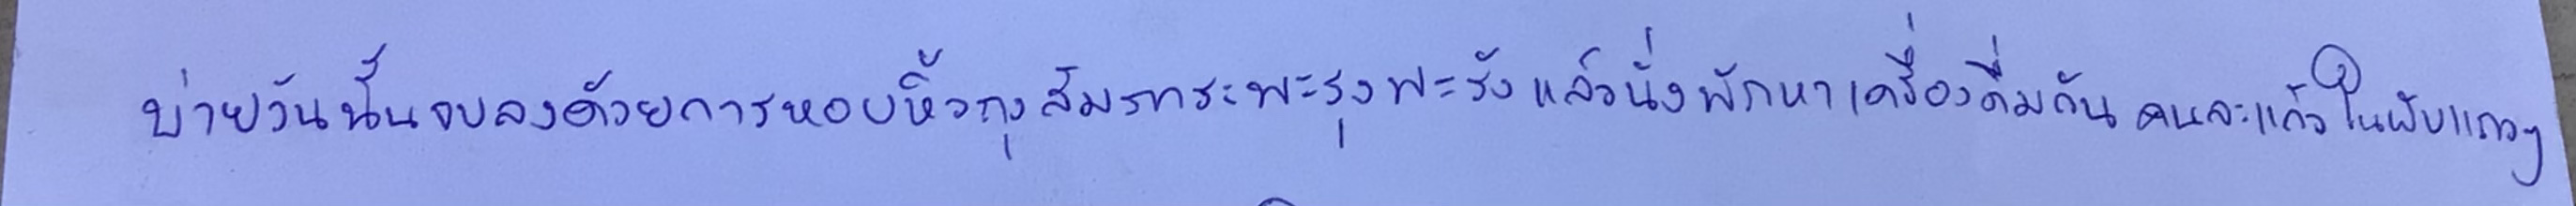
บ่ายวันนั้นจบลงด้วยการหอบหิ้วถุงสัมภาระพะรุงพะรังแล้วนั่งพักหาเครื่องดื่มกันคนละแก้วในผับแถวๆ